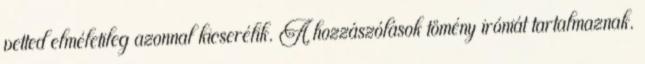
vetted elméletileg azonnal kicserélik. A hozzászólások tömény iróniát tartalmaznak.